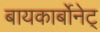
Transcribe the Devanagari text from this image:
बायकार्बोनेट्